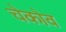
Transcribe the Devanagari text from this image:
चेकोव